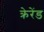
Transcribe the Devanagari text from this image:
क्रेरेंड